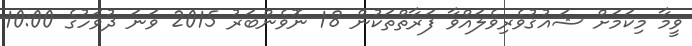
ވީމާ މިކަމަށް ޝައުޤުވެރިވެލައްވާ ފަރާތްތަކުން 18 ނޮވެންބަރު 2015 ވަނަ ދުވަހުގެ 10:00